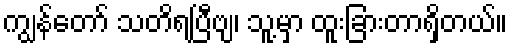
ကျွန်တော် သတိရပြီဗျ၊ သူ့မှာ ထူးခြားတာရှိတယ်။